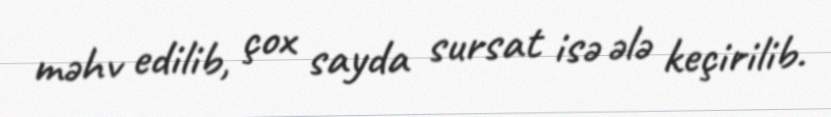
məhv edilib, çox sayda sursat isə ələ keçirilib.